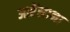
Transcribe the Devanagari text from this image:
आरेंझाना